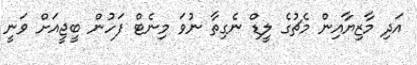
އަދި މާޒިޔާއިން މެޗުގެ ލީޑް ނެގިތާ ނުވަ މިނެޓް ފަހުން ބީޖީއަށް ވަނީ